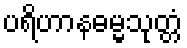
ပရိဟာနဓမ္မသုတ္တံ